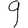
Digit: 9